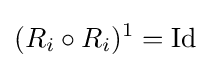
(R_{i}\circ R_{i})^{1}={\rm {Id}}